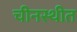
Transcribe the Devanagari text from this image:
चीनस्थीत